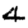
Digit: 4